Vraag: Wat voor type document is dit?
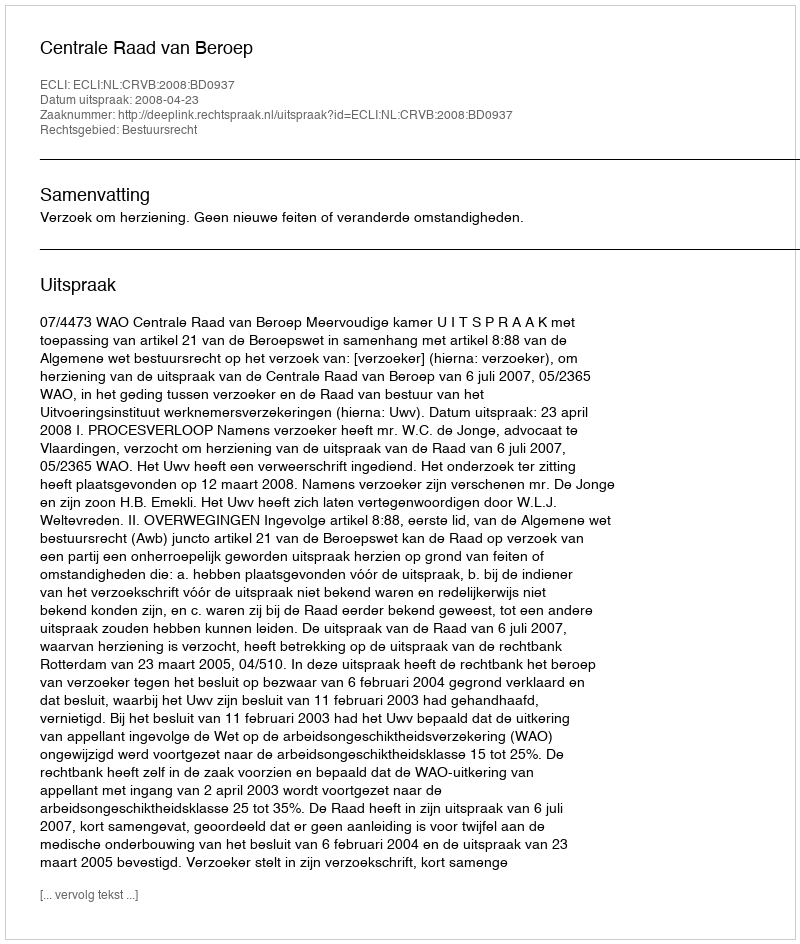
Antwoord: Uitspraak